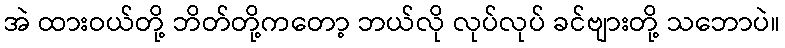
အဲ ထားဝယ်တို့ ဘိတ်တို့ကတော့ ဘယ်လို လုပ်လုပ် ခင်ဗျားတို့ သဘောပဲ။